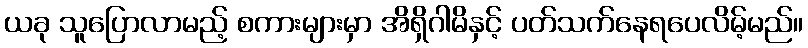
ယခု သူပြောလာမည့် စကားများမှာ အိရှိဂါမိနှင့် ပတ်သက်နေရပေလိမ့်မည်။